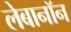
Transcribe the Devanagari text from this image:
लेबानॉन